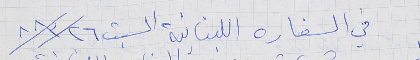
في السفاره اللبنانية السبت ٨٨/٣/٢٦